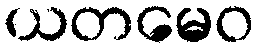
ယတမေဝ